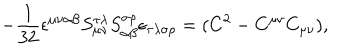
- \frac 1 { 3 2 } \epsilon ^ { \mu \nu \alpha \beta } { } S _ { \mu \nu } ^ { \tau \lambda } { } S _ { \alpha \beta } ^ { \sigma \rho } { } \epsilon _ { \tau \lambda \sigma \rho } = ( C ^ { 2 } - C ^ { \mu \nu } C _ { \mu \nu } ) ,